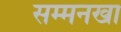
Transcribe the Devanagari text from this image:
सम्मनखा